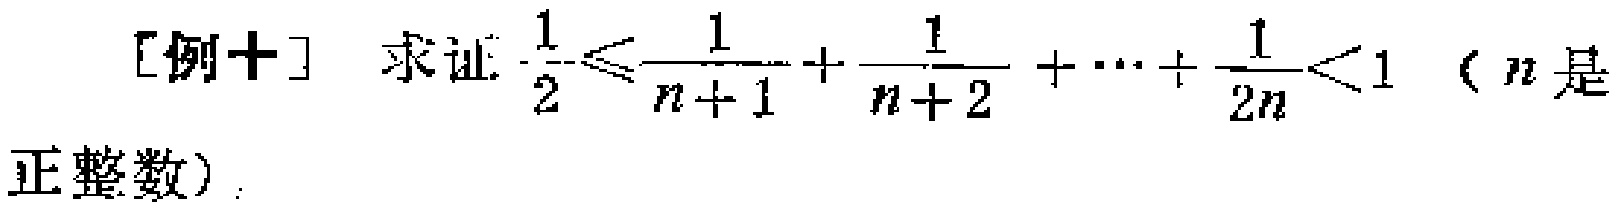
[例十] 求证: \(\frac{1}{2}\leqslant\frac{1}{n + 1}+\frac{1}{n + 2}+\cdots+\frac{1}{2n}<1\)（\(n\)是正整数）.